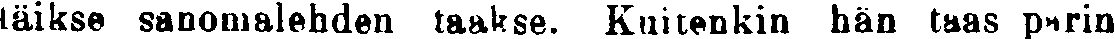
täikse sanomalehden taakse. Kuitenkin hän taas parin